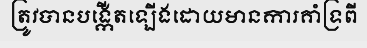
ត្រូវបានបង្កើតឡើងដោយមានការគាំទ្រពី